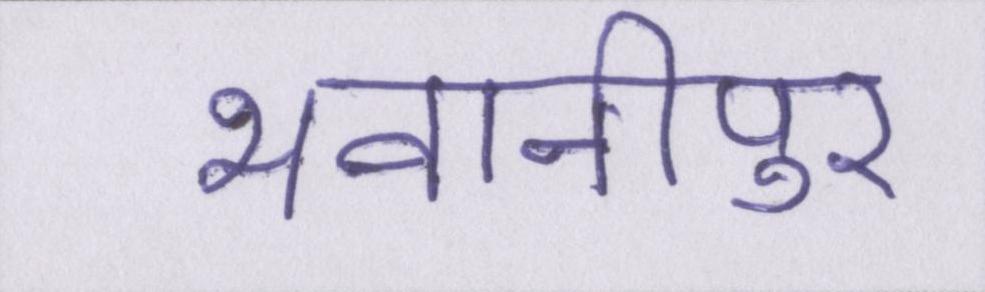
भवानीपुर